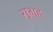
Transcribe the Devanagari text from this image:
सूमह